Leaving Certificate Examination, 1907
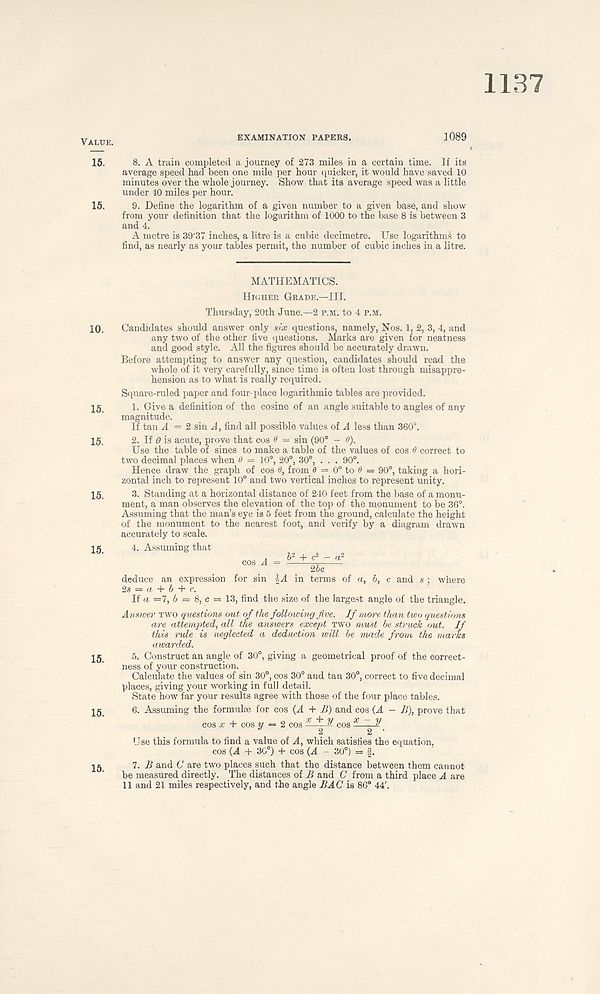
1187
Valuk.
15.
15.
10.
15.
15.
15.
15.
15.
15.
15.
EXAMINATION PAPERS.
]089
8. A train completed a journey of 273 miles in a certain time. If its
average speed had been one mile per hour quicker, it would have saved 10
minutes over the whole journey. Show that its average speed was a little
under 40 miles per hour.
9. Define the logarithm of a given number to a given base, and show
from your definition that the logarithm of 1000 to the base 8 is between 3
and 4.
A metre is 39 - 37 inches, a litre is a cubic decimetre. Use logarithms to
find, as nearly as your tables permit, the number of cubic inches in a litre.
MATHEMATICS.
Higher Grace.—III.
Thursday, 20th June.—2 p.m. to 4 p.m.
Candidates should answer only six questions, namely, Nos. 1, 2, 3, 4, and
any two of the other five questions. Marks are given for neatness
and good style. All the figures should be accurately drawn.
Before attempting to answer any question, candidates should read the
whole of it very carefully, since time is often lost through misappre-
hension as to what is really required.
Square-ruled paper and four-place logarithmic tables are provided.
1. Give a definition of the cosine of an angle suitable to angles of any
magnitude.
If tan A = 2 sin A, find all possible values of A less than 360°.
2. If 0 is acute, prove that cos & — sin (90° - &).
Use the table of sines to make a table of the values of cos 0 correct to
two decimal places when 0 = 10°, 20°, 30°, . . . 90°.
Hence draw the graph of cos 0, from 0 = 0° to 0 = 90°, taking a hori-
zontal inch to represent 10° and two vertical inches to represent unity.
3. Standing at a horizontal distance of 240 feet from the base of a monu-
ment, a man observes the elevation of the top of the monument to be 36°.
Assuming that the man’s eye is 5 feet from the ground, calculate the height
of the monument to the nearest foot, and verify by a diagram drawn
accurately to scale.
4. Assuming that
, _ b 2 + c 2
deduce an expression for sin -]>A in terms of a, b, c and s ; where
2s = a + b + c.
If a —7, b = 8, c — 13, find the size of the largest angle of the triangle.
Answer two questions out of the following Jive. If more than two questions
are attempted, all the answers except two must be struck out. If
this rule is neglected a deduction will be made from the marks
awarded.
5. Construct an angle of 30°, giving a geometrical proof of the correct-
ness of your construction.
Calculate the values of sin 30°, cos 30° and tan 30°, correct to five decimal
places, giving your working in full detail.
State how far your results agree with those of the four place tables.
6. Assuming the formula for cos (A + B) and cos (A - B), prove that
cos a; + cos w = 2 cos x + d cos
u
2
2 ‘
r Jse this formula to find a value of A, which satisfies the equation,
cos (A + 30°) + cos (A - 30°) = f.
7. B and C are two places such that the distance between them cannot
be measured directly. The distances of B and C from a third place A are
11 and 21 miles respectively, and the angle BAG 1 is 86° 44' .